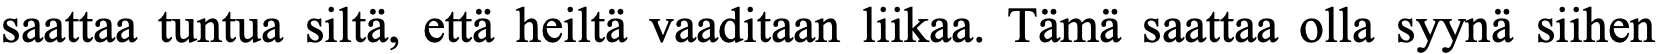
saattaa tuntua siltä, että heiltä vaaditaan liikaa. Tämä saattaa olla syynä siihen